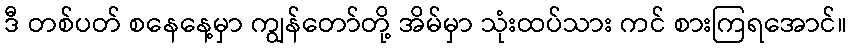
ဒီ တစ်ပတ် စနေနေ့မှာ ကျွန်တော်တို့ အိမ်မှာ သုံးထပ်သား ကင် စားကြရအောင်။